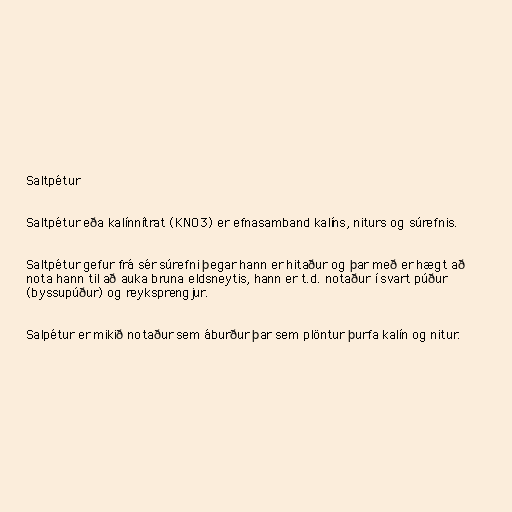
Saltpétur

Saltpétur eða kalínnítrat (KNO3) er efnasamband kalíns, niturs og súrefnis.

Saltpétur gefur frá sér súrefni þegar hann er hitaður og þar með er hægt að
nota hann til að auka bruna eldsneytis, hann er t.d. notaður í svart púður
(byssupúður) og reyksprengjur.

Salpétur er mikið notaður sem áburður þar sem plöntur þurfa kalín og nitur.